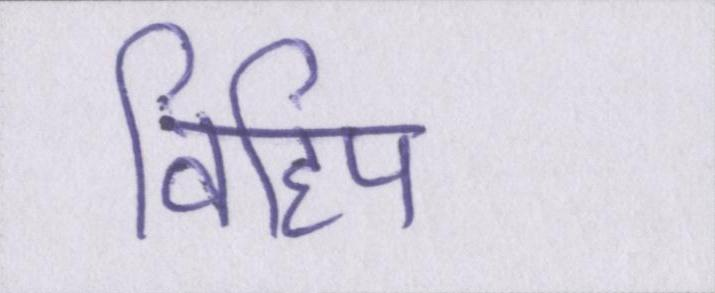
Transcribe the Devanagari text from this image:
विहिप